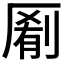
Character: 𫨖